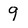
Character: 9